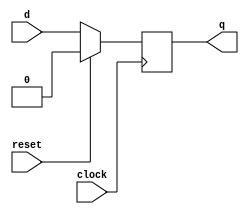
module d_flip_flop (
    input wire clock,       // Clock input
    input wire reset,       // Synchronous reset input
    input wire d,           // Data input
    output reg q            // Data output
);

// Behavioral modeling block sensitive to the positive edge of the clock
always @(posedge clock) begin
    if (reset) begin
        // Synchronous reset: clear the output
        q <= 1'b0;
    end else begin
        // Capture the input data on the rising edge of the clock
        q <= d;
    end
end

endmodule